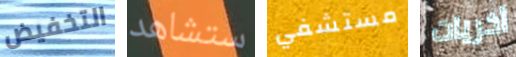
التخفيض ستشاهد مستشفي أخريات